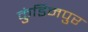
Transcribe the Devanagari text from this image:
कुंडिनपुर